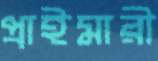
প্রাইমারী